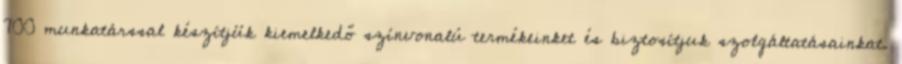
700 munkatárssal készítjük kiemelkedő színvonalú termékeinket és biztosítjuk szolgáltatásainkat.